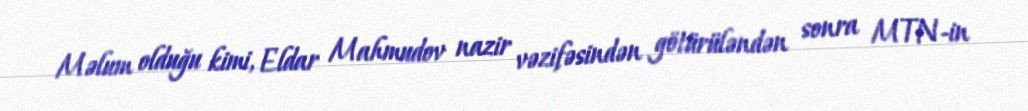
Məlum olduğu kimi, Eldar Mahmudov nazir vəzifəsindən götürüləndən sonra MTN-in